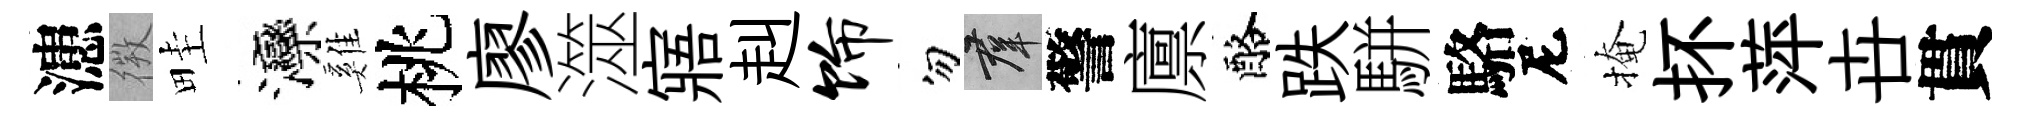
漶𢕄畦灤雞桃廖澨寤赳饰勿群警廪酪跌駢駱尼掩抔萍卋貫